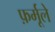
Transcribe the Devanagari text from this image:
फ़र्मूले